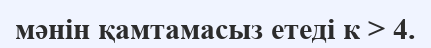
мәнін қамтамасыз етеді к > 4.